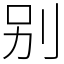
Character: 别